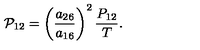
{ \cal P } _ { 1 2 } = \left( \frac { a _ { 2 6 } } { a _ { 1 6 } } \right) ^ { 2 } \frac { P _ { 1 2 } } { T } .